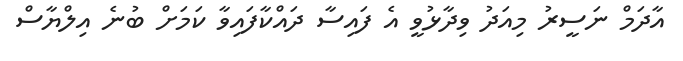
އާދަމް ނަސީރު މިއަދު ވިދާޅުވީ އެ ފައިސާ ދައްކާފައިވާ ކަމަށް ބުނެ އިލްޔާސް